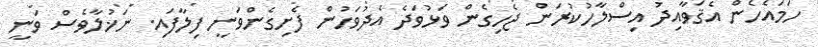
ހަމައެހެން އެޤަވާއިދު އިސްލާހުކުރަން ޖެހިގެން ވަޅުވަދެ އެދުވަހުން ފެށިގެންވަނީ ފިލާފައި. ނަޚުލާވެސް ވަނީ